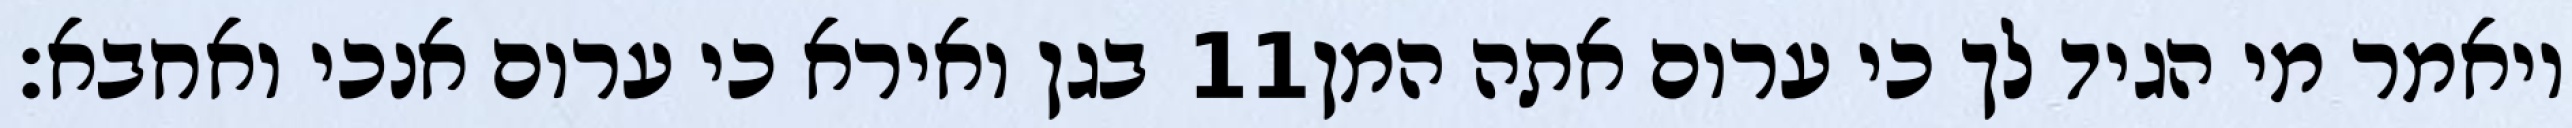
בגן ואירא כי ערום אנכי ואחבא׃ ‎11‏ ויאמר מי הגיד לך כי ערום אתה המן